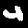
Digit: 4